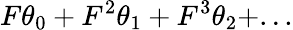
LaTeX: F\theta_{0}+F^{2}\theta_{1}+F^{3}\theta_{2}+...